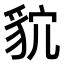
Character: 𮙩